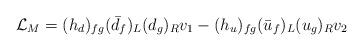
LaTeX: \begin{align*}{\cal L}_M=(h_d)_{fg}(\bar{d}_f)_L(d_g)_Rv_1-(h_u)_{fg}(\bar{u}_f)_L(u_g)_Rv_2\end{align*}